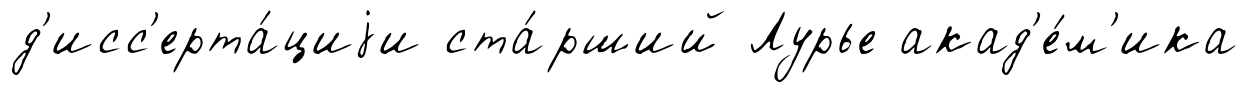
д'исс'ерта́циjи ста́рший Лурье акад'е́м'ика